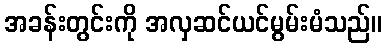
အခန်းတွင်းကို အလှဆင်ယင်မွမ်းမံသည်။